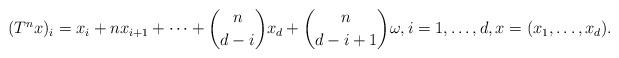
LaTeX: \begin{align*}(T^nx)_{i}=x_{i}+nx_{i+1}+\cdots+\binom{n}{d-i}x_{d}+\binom{n}{d-i+1}\omega,i=1,\ldots,d,x=(x_1,\ldots, x_d).\end{align*}